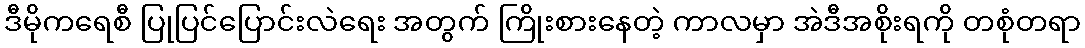
ဒီမိုကရေစီ ပြုပြင်ပြောင်းလဲရေး အတွက် ကြိုးစားနေတဲ့ ကာလမှာ အဲဒီအစိုးရကို တစုံတရာ